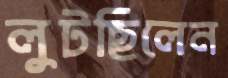
লুটছিলেন